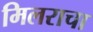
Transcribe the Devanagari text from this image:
मिलराचा